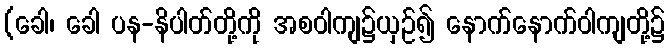
(ခေါ၊ ခေါ ပန-နိပါတ်တို့ကို အစဝါကျ၌ယှဉ်၍ နောက်နောက်ဝါကျတို့၌